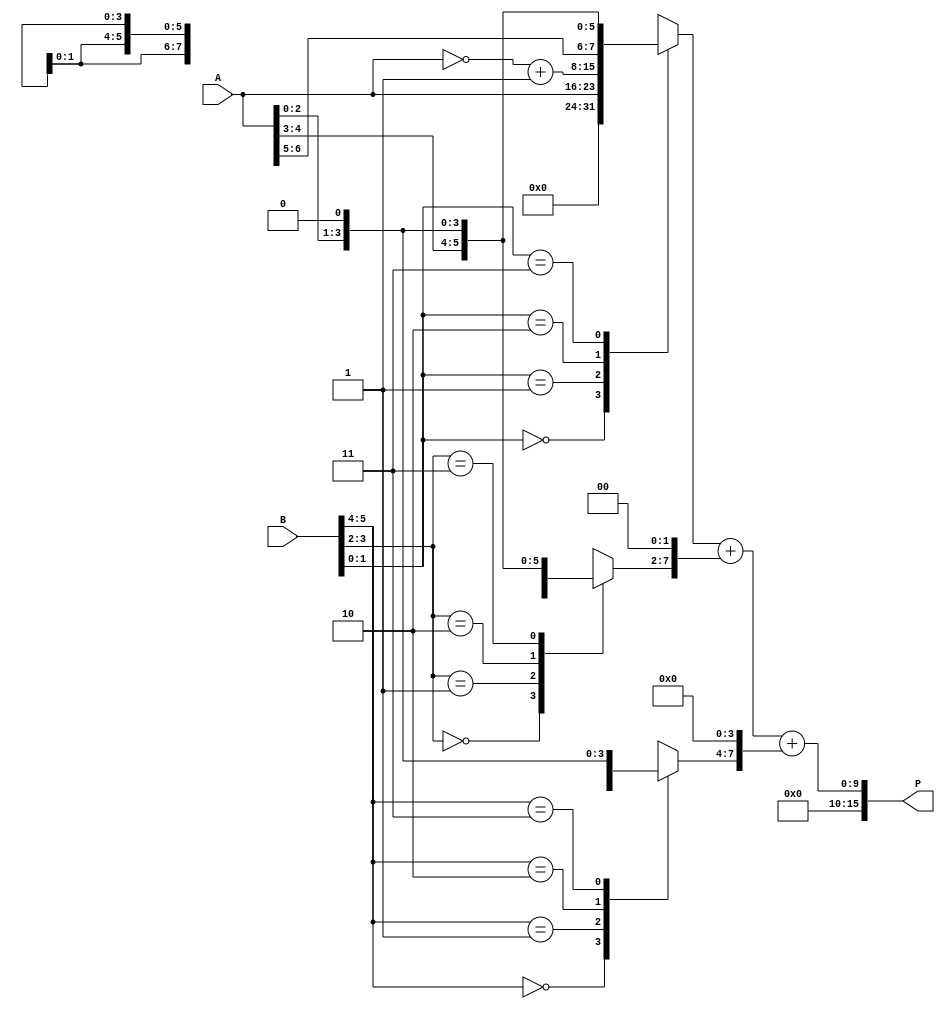
module radix4_multiplier #(parameter N = 8) (
    input wire [N-1:0] A,   // Multiplicand
    input wire [N-1:0] B,   // Multiplier
    output reg [2*N-1:0] P  // Product
);

    reg [N-1:0] partial_products [0:2]; // Array to hold partial products
    reg [N:0] B_reg;          // Register to hold shifted multiplier
    reg [N-1:0] A_reg;        // Register to hold multiplicand
    integer i;

    // Initialize the product to zero
    always @(*) begin
        P = 0;
        B_reg = {1'b0, B};    // Extend B with an extra bit for easier processing
        A_reg = A;

        for (i = 0; i < N; i = i + 2) begin
            case (B_reg[i+1:i])
                2'b00: partial_products[i/2] = 0;                       // No partial product
                2'b01: partial_products[i/2] = A_reg;                  // Partial product is A
                2'b10: partial_products[i/2] = ~A_reg + 1;             // Partial product is -A
                2'b11: partial_products[i/2] = A_reg << 1;             // Partial product is 2A
                default: partial_products[i/2] = 0;
            endcase
            // Shift partial products according to their position
            partial_products[i/2] = partial_products[i/2] << i;
        end

        // Accumulate the partial products
        P = partial_products[0] + partial_products[1] + partial_products[2];
    end

endmodule